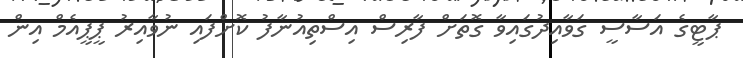
ޕާޓީގެ އަސާސީ ގަވާއިދުގައިވާ ގޮތަށް ފާރިސް އިސްތިއުނާފު ކޮށްފައި ނުވާއިރު ޕީޕީއެމް އިން